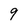
Character: 9